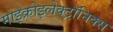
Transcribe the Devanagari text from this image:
माइक्रोइलेक्ट्रॉनिक्स